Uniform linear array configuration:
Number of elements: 12
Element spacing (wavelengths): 0.75
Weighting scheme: cosine
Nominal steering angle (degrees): -15
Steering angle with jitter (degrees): -14.134
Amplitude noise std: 0.05
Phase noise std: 0.05

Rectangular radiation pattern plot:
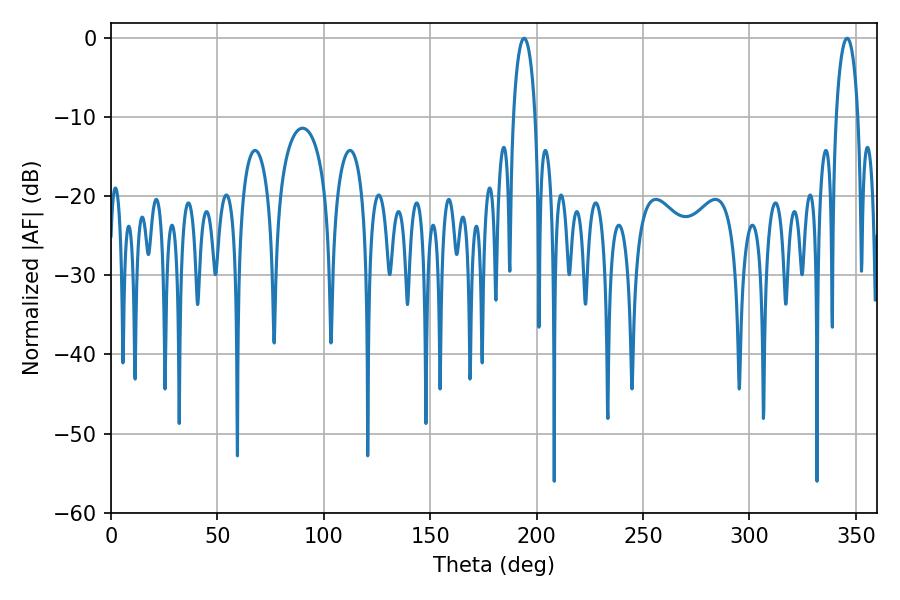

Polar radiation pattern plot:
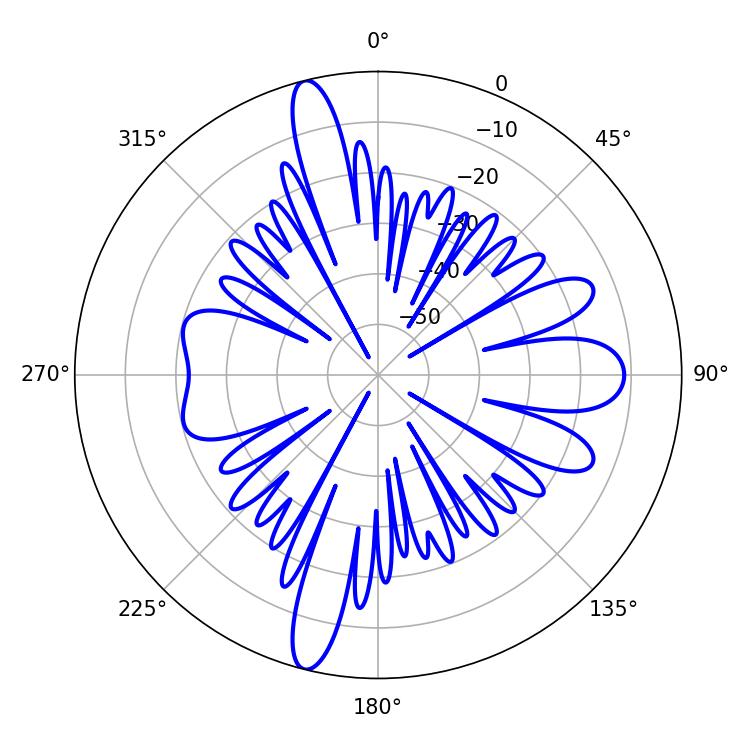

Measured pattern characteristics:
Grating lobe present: TRUE
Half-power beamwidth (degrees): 5.94
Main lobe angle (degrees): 194.04